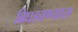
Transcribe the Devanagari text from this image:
बिघडवण्यास